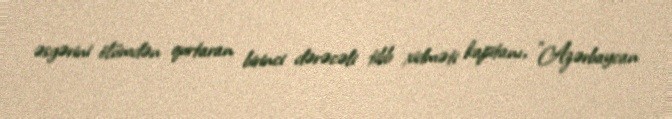
əsgərini ölümdən qurtaran birinci dərəcəli tibb xidməti kapitanı, "Azərbaycan